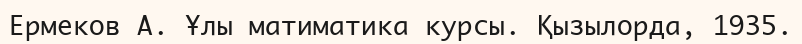
Ермеков А. Ұлы матиматика курсы. Қызылорда, 1935.